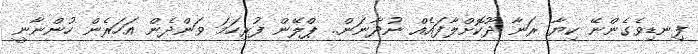
ފިނޑިވެގެންނޭ ކިޔާ ރަނާ ދޫކޮށްލާފައެއް ނުދާނަން.. ޕްލޭން ފުރިހަމަ ވަންދެން އަހަރެން ހުންނާނީ